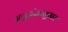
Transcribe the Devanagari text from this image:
अणुअंकानुसार